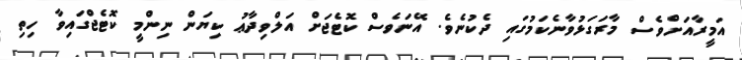
އަމީރާއަށްވެސް މާރަގަޅުވާނެކަމުގައި ދެކުނެވެ. އޭނަވެސް ކޮޓެޖަށް އަލްވިދާޢު ކިޔަން ނިންމީ ކޮޓެޖްގައިވާ ހިތި